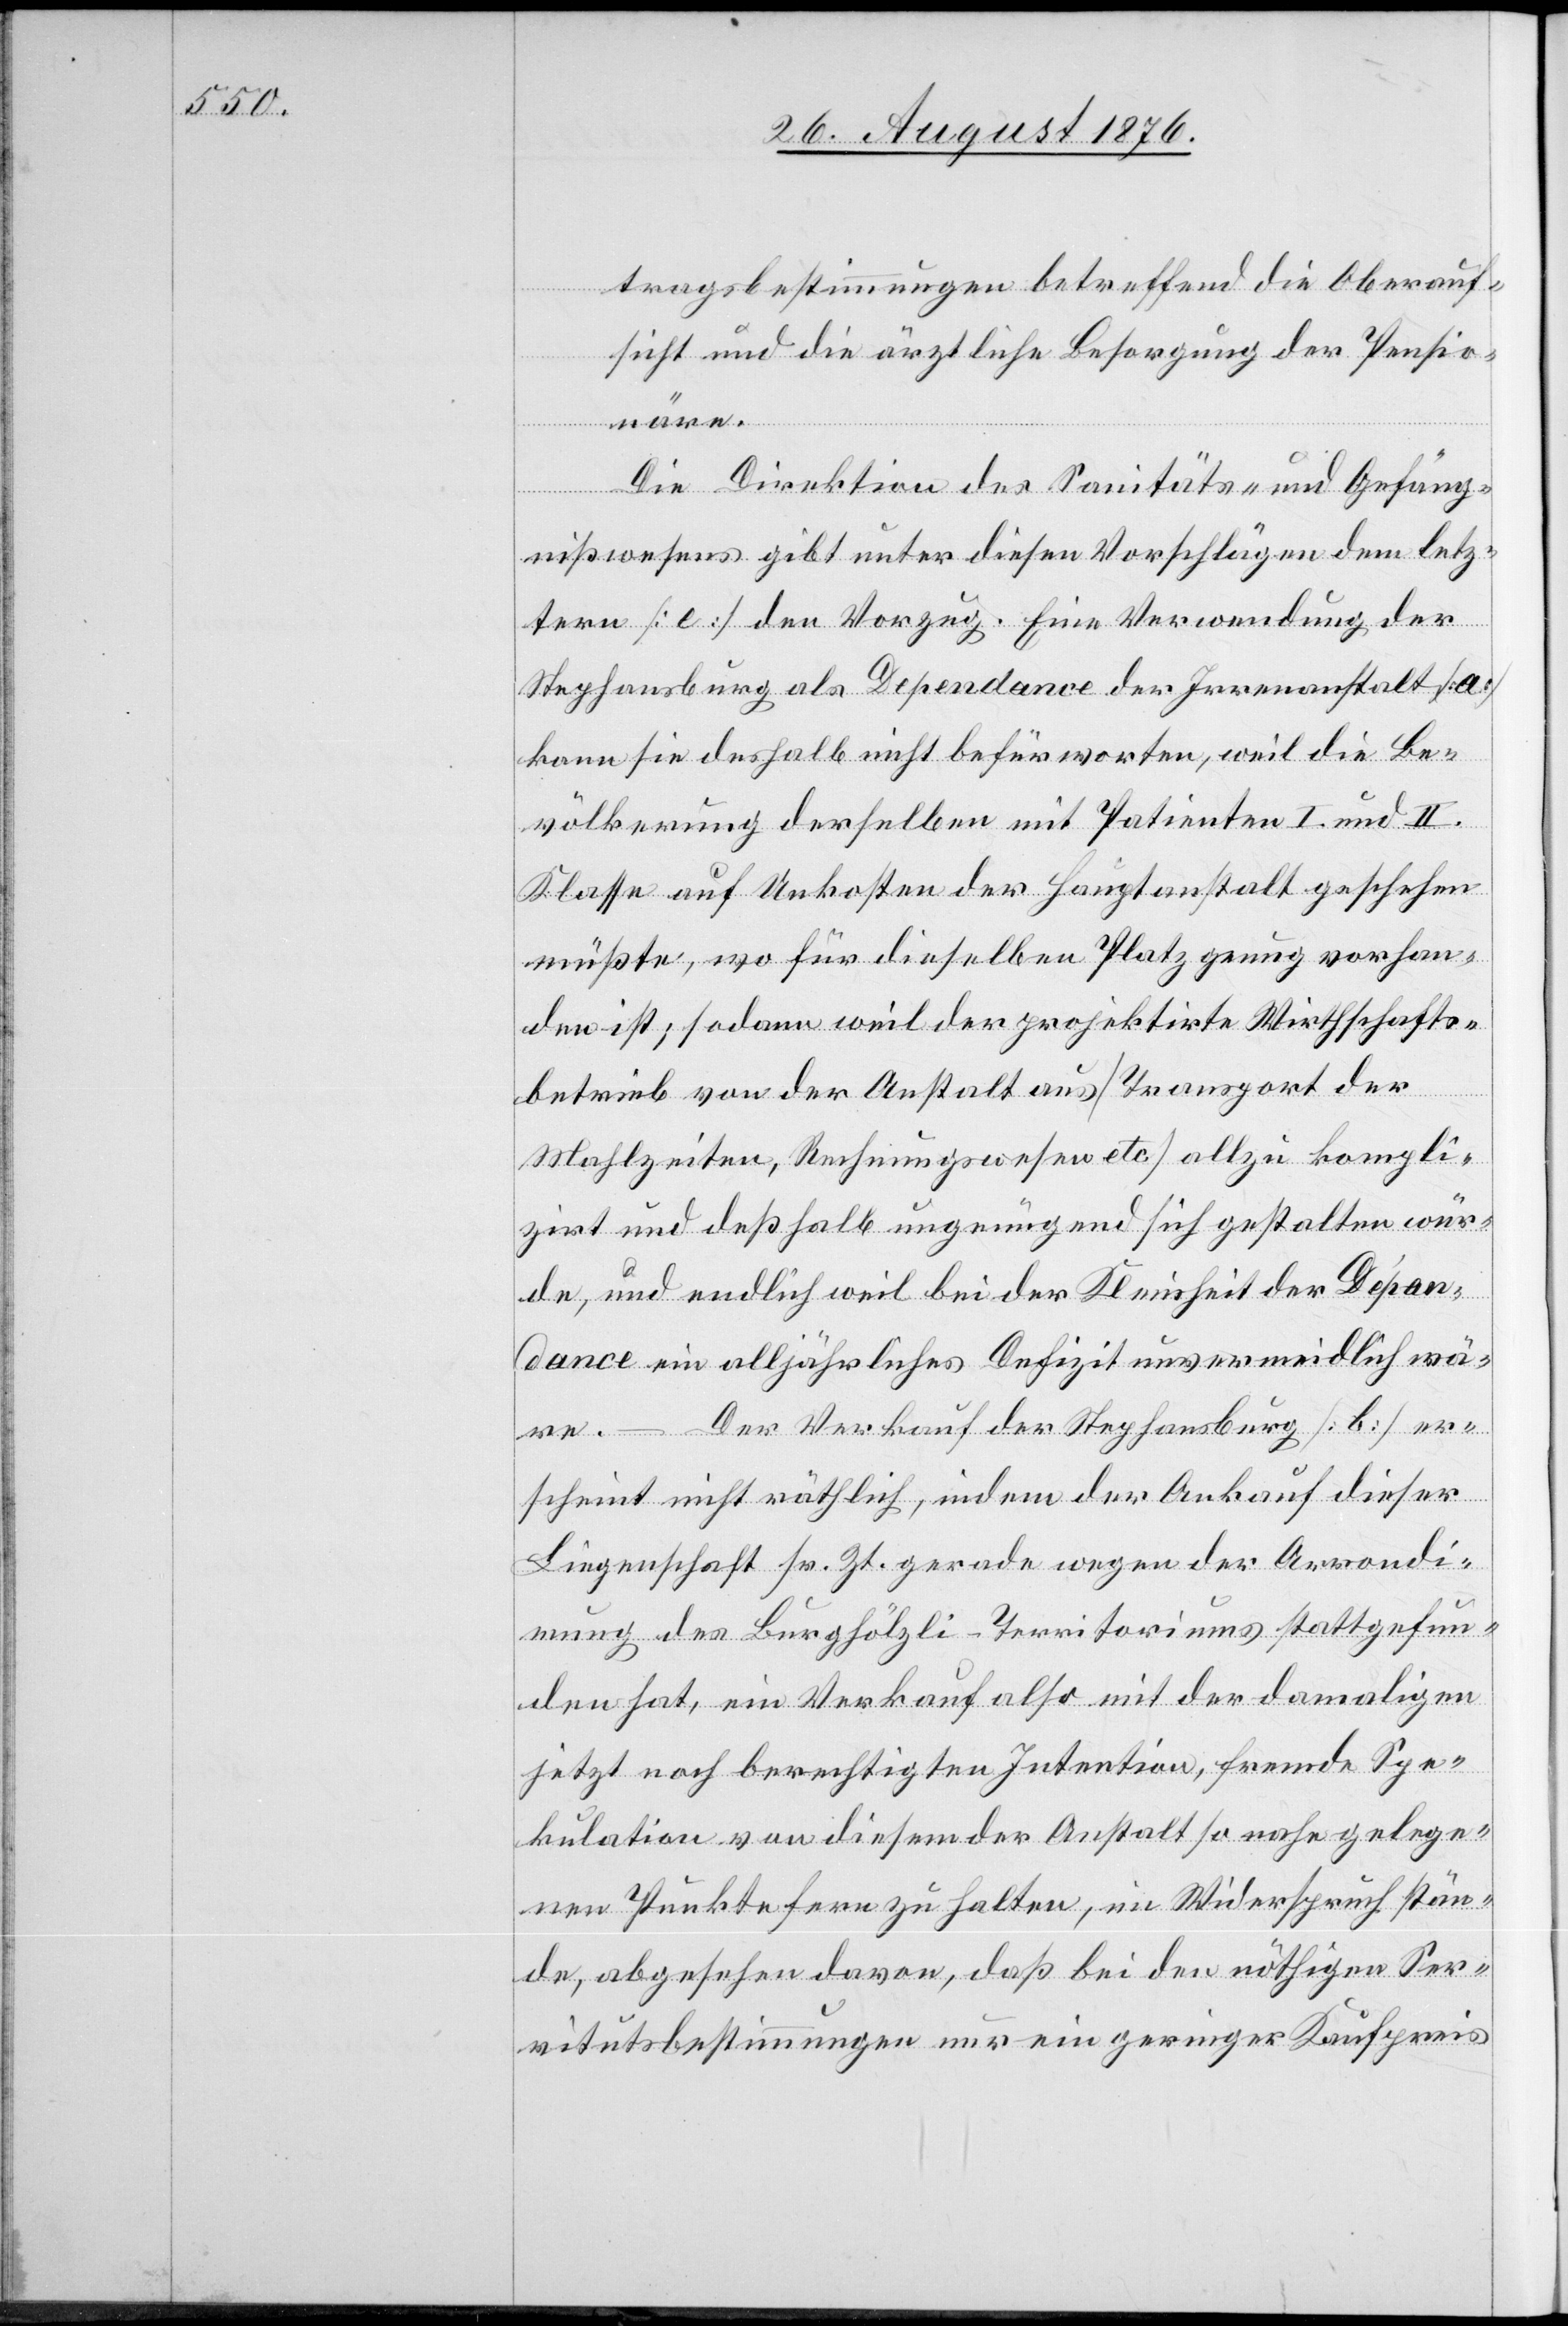
tragsbestimmungen betreffend die Oberauf¬
sicht und die ärztliche Besorgung der Pension¬
Die Direktion des Sanitäts- und Gefäng¬
nißwesens gibt unter diesen Vorschlägen dem letz¬
tern [e] den Vorzug. Eine Verwendung der
Stephansburg als Dependance der Irrenanstalt [a]
kann sie deshalb nicht befürworten, weil die Be¬
völkerung derselben mit Patienten I. und II.
Klasse auf Unkosten der Hauptanstalt geschehen
müßte, wo für dieselben Platz genug vorhan¬
den ist; sodann weil der projektirte Wirthschafts¬
betrieb von der Anstalt aus [Transport der
Mahlzeiten, Rechnungswesen etc.] allzu kompli¬
zirt und deßhalb ungenügend sich gestalten wür¬
de, und endlich weil bei der Kleinheit der Dépan¬
dance ein alljährliches Defizit unvermeidlich wä¬
Der Verkauf der Stephansburg [b] er¬
re.
scheint nicht räthlich, indem der Ankauf dieser
Liegenschaft sr. Zt. gerade wegen der Arrondi¬
rung des Burghölzli-Territoriums stattgefun¬
den hat, ein Verkauf also mit der damaligen
jetzt noch berechtigten Intention, fremde Spe¬
kulation von diesem der Anstalt so nahe gelege¬
nen Punkte fern zu halten, im Widerspruch stün¬
de, abgesehen davon, daß bei den nöthigen Ser¬
vitutsbestimmungen nur ein geringer Kaufpreis